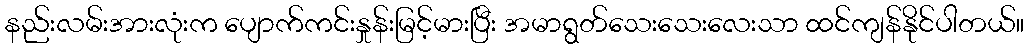
နည်းလမ်းအားလုံးက ပျောက်ကင်းနှုန်းမြင့်မားပြီး အမာရွတ်သေးသေးလေးသာ ထင်ကျန်နိုင်ပါတယ်။